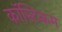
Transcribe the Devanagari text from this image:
कॉस्टिकम